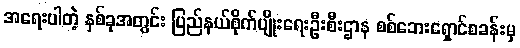
အရေးပါတဲ့ နှစ်ခုအတွင်း ပြည်နယ်စိုက်ပျိုးရေးဦးစီးဌာန စစ်ဘေးရှောင်စခန်းမှ